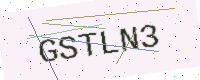
Text: GSTLN3